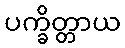
ပက္ခိတ္တာယ